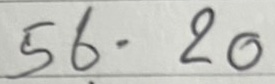
56 = 20